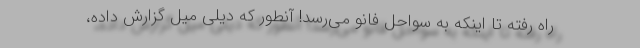
راه رفته تا اینکه به سواحل فانو می‌رسد! آنطور که دیلی میل گزارش داده،